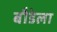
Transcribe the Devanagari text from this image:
बौडेला